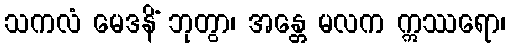
သကလံ မေဒနိံ ဘုတွာ၊ အန္တေ မလက ဣဿရော၊